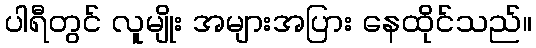
ပါရီတွင် လူမျိုး အများအပြား နေထိုင်သည်။